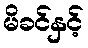
မိခင်နှင့်